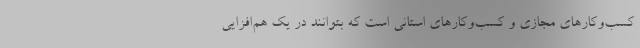
کسب‌وکارهای مجازی و کسب‌وکارهای استانی است ‌که بتوانند در یک هم‌افزایی